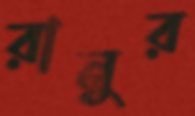
রানুর